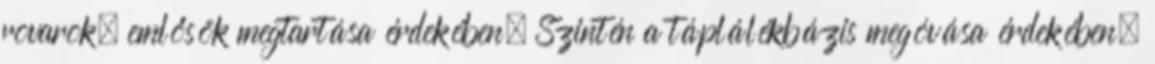
rovarok, emlősök megtartása érdekében. Szintén a táplálékbázis megóvása érdekében.